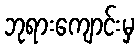
ဘုရားကျောင်းမှ